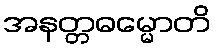
အနတ္တဓမ္မောတိ